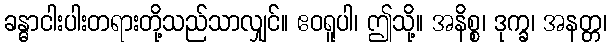
ခန္ဓာငါးပါးတရားတို့သည်သာလျှင်။ ဧဝရူပါ၊ ဤသို့။ အနိစ္စ၊ ဒုက္ခ၊ အနတ္တ၊